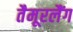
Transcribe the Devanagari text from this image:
तैमूरलैंग